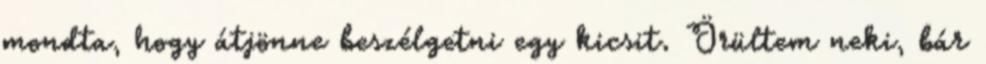
mondta, hogy átjönne beszélgetni egy kicsit. Örültem neki, bár